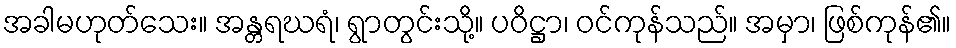
အခါမဟုတ်သေး။ အန္တရဃရံ၊ ရွာတွင်းသို့။ ပဝိဋ္ဌာ၊ ဝင်ကုန်သည်။ အမှာ၊ ဖြစ်ကုန်၏။